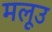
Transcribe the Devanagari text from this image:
मलूउ